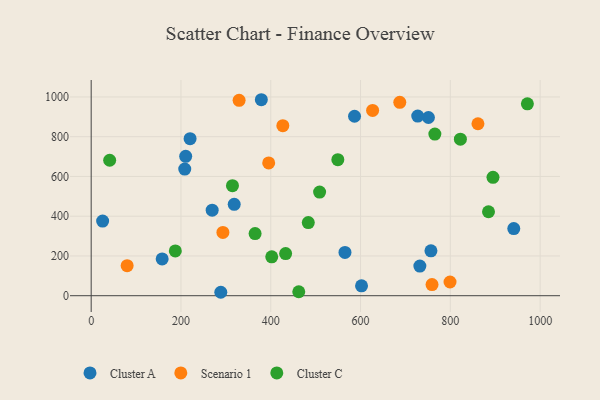
{"axis": {"x": "Distance", "y": "Sales"}, "legend": ["Cluster A", "Cluster C", "Scenario 1"], "data": [{"x": "288.7", "y": 17.3, "type": "Cluster A"}, {"x": "269.5", "y": 430.5, "type": "Cluster A"}, {"x": "732.1", "y": 149.0, "type": "Cluster A"}, {"x": "379.0", "y": 986.0, "type": "Cluster A"}, {"x": "565.3", "y": 217.8, "type": "Cluster A"}, {"x": "751.2", "y": 896.5, "type": "Cluster A"}, {"x": "158.1", "y": 185.3, "type": "Cluster A"}, {"x": "727.4", "y": 903.8, "type": "Cluster A"}, {"x": "210.5", "y": 701.2, "type": "Cluster A"}, {"x": "318.6", "y": 459.8, "type": "Cluster A"}, {"x": "208.4", "y": 636.9, "type": "Cluster A"}, {"x": "25.5", "y": 375.7, "type": "Cluster A"}, {"x": "602.2", "y": 49.7, "type": "Cluster A"}, {"x": "220.3", "y": 790.1, "type": "Cluster A"}, {"x": "941.3", "y": 337.8, "type": "Cluster A"}, {"x": "756.8", "y": 225.6, "type": "Cluster A"}, {"x": "586.6", "y": 902.8, "type": "Cluster A"}, {"x": "293.4", "y": 318.6, "type": "Scenario 1"}, {"x": "80.1", "y": 150.9, "type": "Scenario 1"}, {"x": "626.9", "y": 932.4, "type": "Scenario 1"}, {"x": "395.4", "y": 668.0, "type": "Scenario 1"}, {"x": "687.4", "y": 972.8, "type": "Scenario 1"}, {"x": "861.5", "y": 865.2, "type": "Scenario 1"}, {"x": "426.9", "y": 855.2, "type": "Scenario 1"}, {"x": "799.3", "y": 68.9, "type": "Scenario 1"}, {"x": "329.5", "y": 983.2, "type": "Scenario 1"}, {"x": "759.2", "y": 55.9, "type": "Scenario 1"}, {"x": "433.1", "y": 211.8, "type": "Cluster C"}, {"x": "483.6", "y": 367.9, "type": "Cluster C"}, {"x": "314.7", "y": 553.5, "type": "Cluster C"}, {"x": "508.8", "y": 521.3, "type": "Cluster C"}, {"x": "187.4", "y": 225.4, "type": "Cluster C"}, {"x": "41.2", "y": 681.5, "type": "Cluster C"}, {"x": "402.2", "y": 195.4, "type": "Cluster C"}, {"x": "885.0", "y": 422.3, "type": "Cluster C"}, {"x": "895.0", "y": 595.6, "type": "Cluster C"}, {"x": "549.4", "y": 684.4, "type": "Cluster C"}, {"x": "462.4", "y": 20.0, "type": "Cluster C"}, {"x": "822.4", "y": 787.4, "type": "Cluster C"}, {"x": "365.1", "y": 312.6, "type": "Cluster C"}, {"x": "971.6", "y": 965.5, "type": "Cluster C"}, {"x": "765.5", "y": 813.1, "type": "Cluster C"}]}